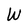
Character: W